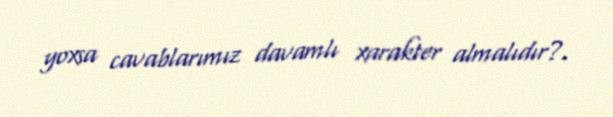
yoxsa cavablarımız davamlı xarakter almalıdır?.